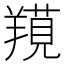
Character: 𦎽